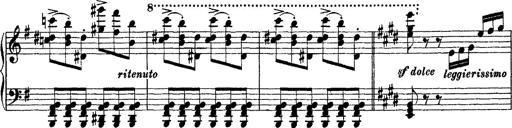
Title: Morceau de Salon
Composer: Josef Adalbert Pacher
Key: D-flat major